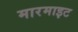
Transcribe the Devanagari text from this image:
मारमाइट